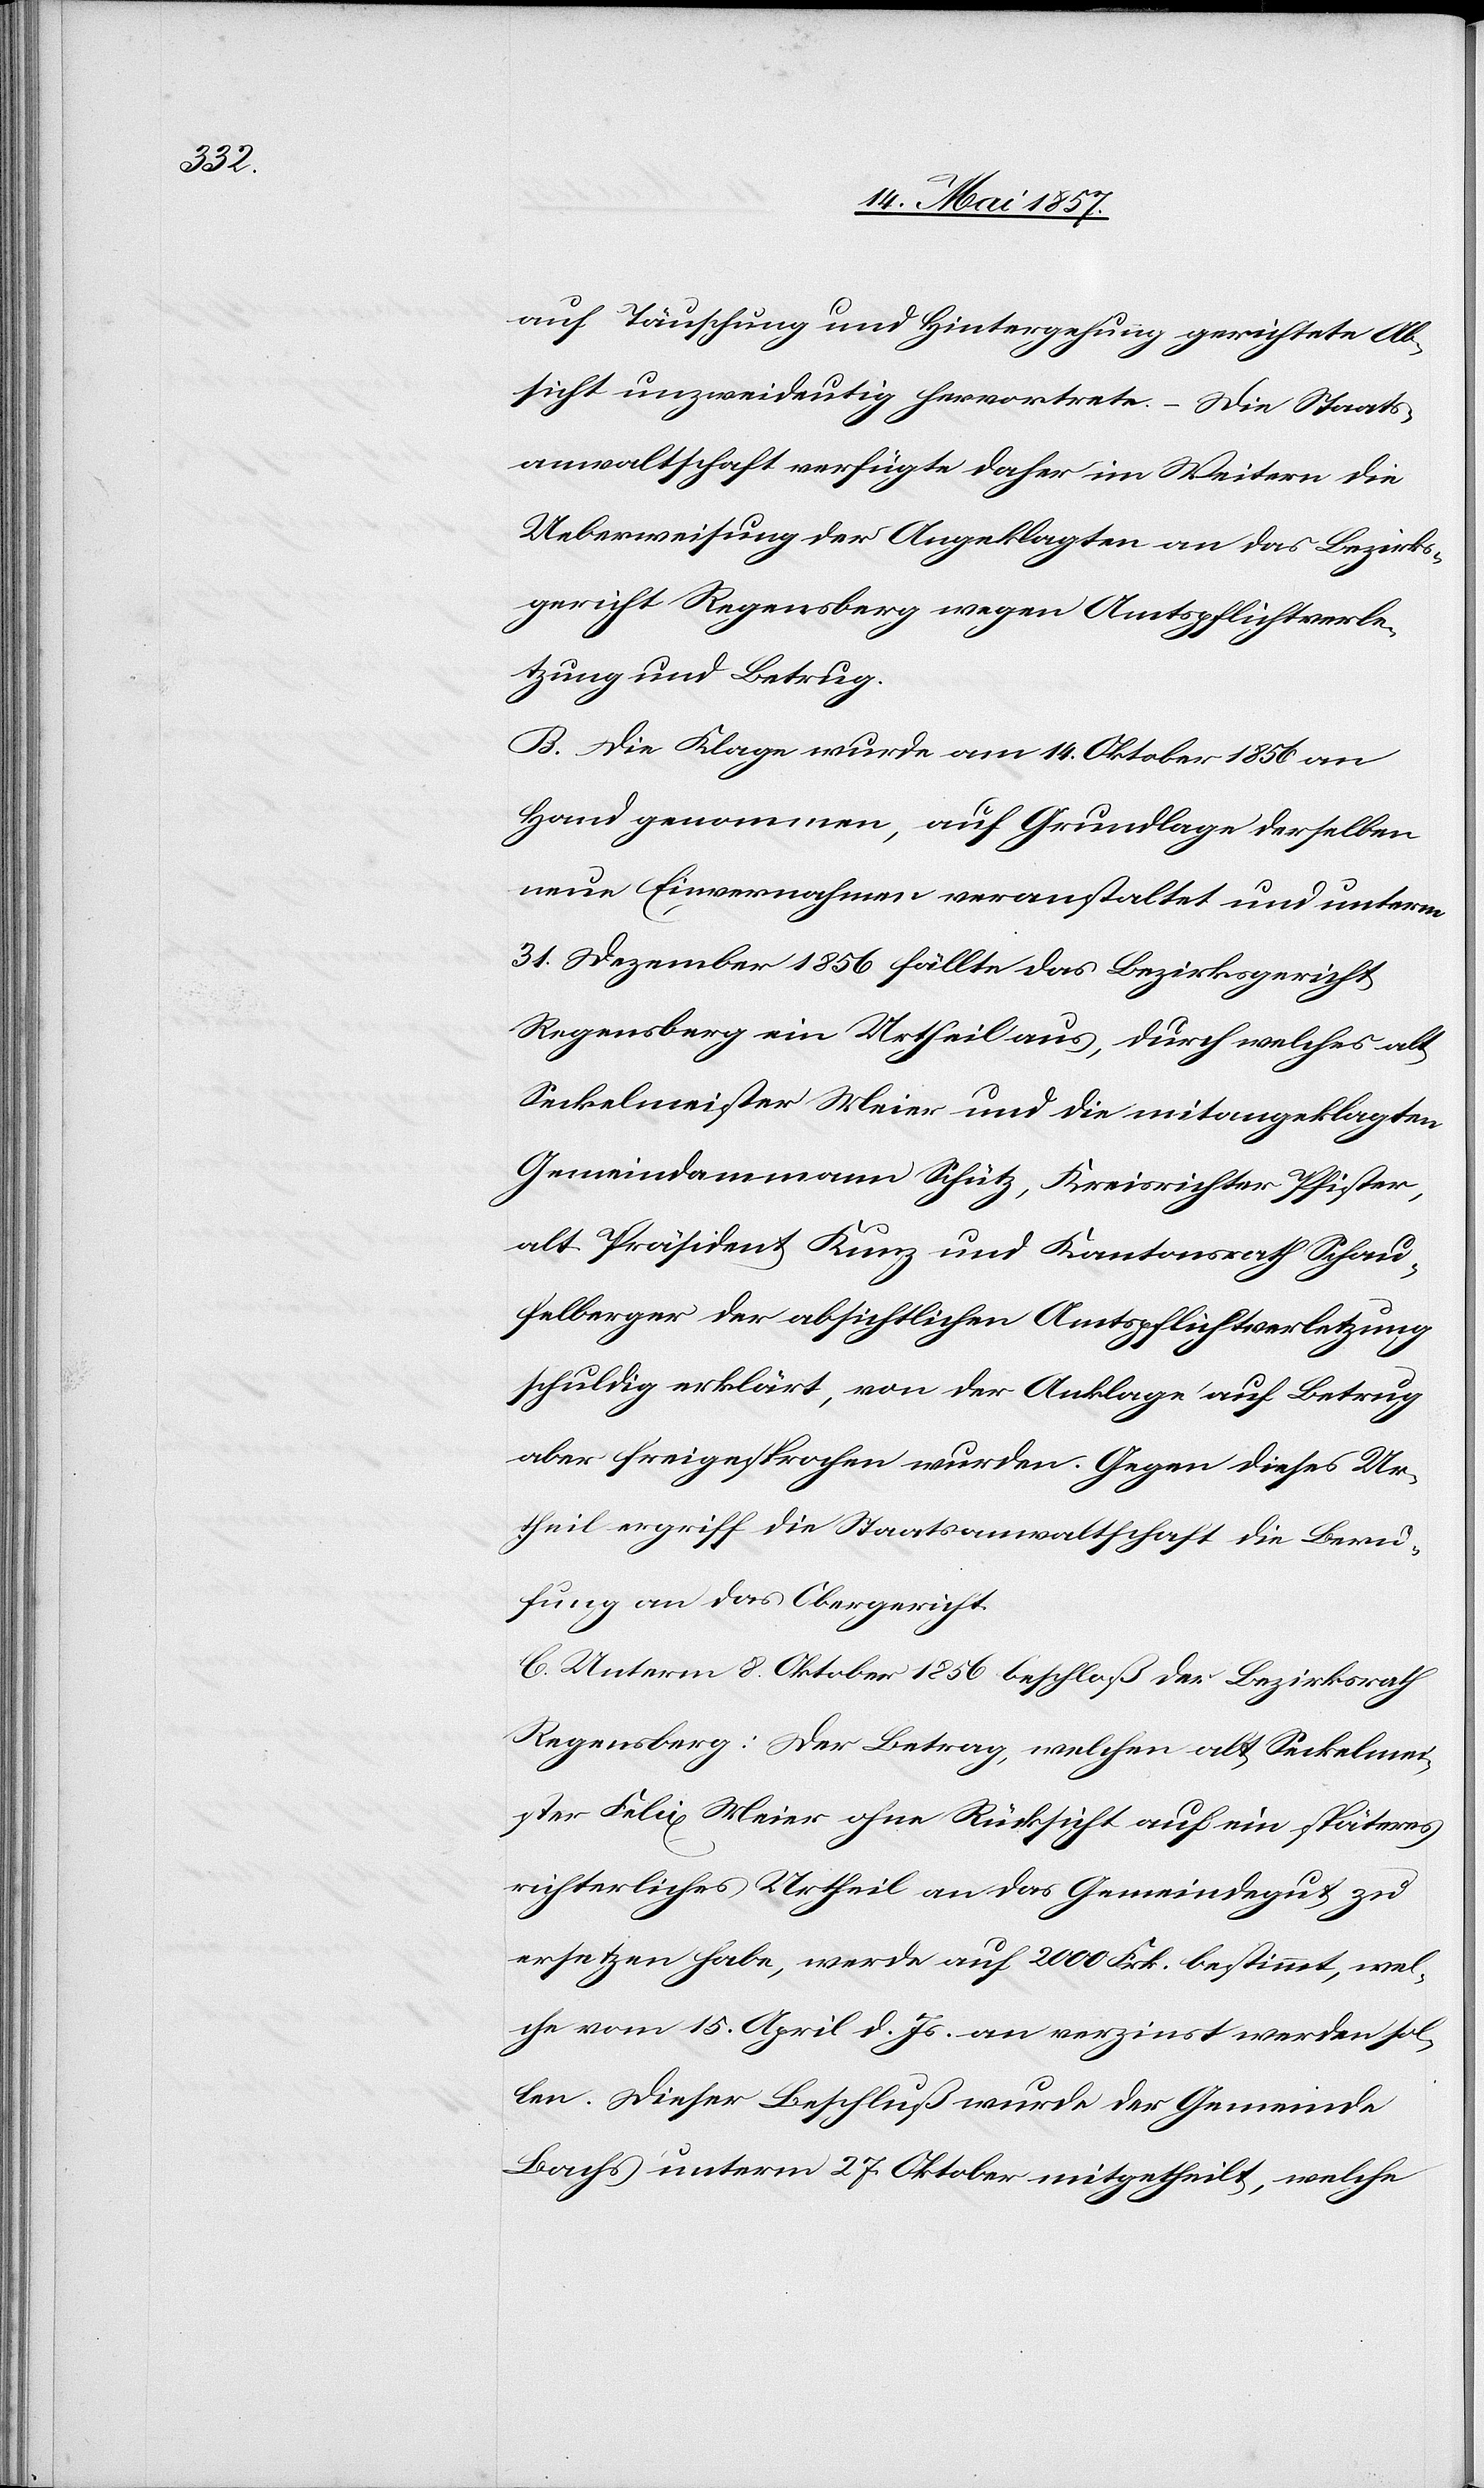
auf Täuschung und Hintergehung gerichtete Ab¬
sicht unzweideutig hervortrete. – Die Staats¬
anwaltschaft verfügte daher im Weitern die
Ueberweisung der Angeklagten an das Bezirks¬
gericht Regensberg wegen Amtspflichtverle¬
tzung und Betrug.
B. Die Klage wurde am 14 Oktober 1856 an
Hand genommen, auf Grundlage derselben
neue Einvernahmen veranstaltet und unterm
31 Dezember 1856 fällte das Bezirksgericht
Regensberg ein Urtheil aus, durch welches alt
Seckelmeister Meier und die mitangeklagten
Gemeindammann Schütz, Kreisrichter Pfister,
alt Präsident Kunz und Kantonsrath Schau¬
felberger der absichtlichen Amtspflichtverletzung
schuldig erklärt, von der Anklage auf Betrug
aber freigesprochen wurden. Gegen dieses Ur¬
theil ergriff die Staatsanwaltschaft die Beru¬
fung an das Obergericht.
C. Unterm 8 Oktober 1856 beschloß der Bezirksrath
Regensberg: Der Betrag, welchen alt Seckelmei¬
ster Felix Meier ohne Rücksicht auf ein späteres
richterliches Urtheil an das Gemeindegut zu
ersetzen habe, werde auf 2000 Frk. bestimmt, wel¬
che vom 15 April d. Js. an verzinst werden sol¬
len. Dieser Beschluß wurde der Gemeinde
Bachs unterm 27 Oktober mitgetheilt, welche